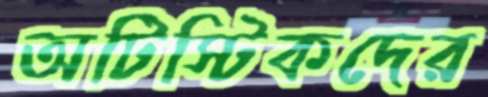
অটিস্টিকদের